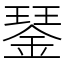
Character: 𨨖